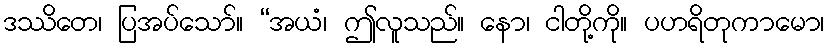
ဒဿိတေ၊ ပြအပ်သော်။ “အယံ၊ ဤလူသည်။ နော၊ ငါတို့ကို။ ပဟရိတုကာမော၊